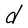
Character: d